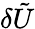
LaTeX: \delta\tilde{U}